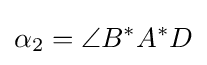
\alpha _{2}=\angle B^{*}A^{*}D